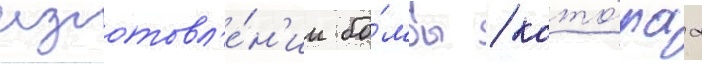
изготовл'е́н'ии бо́мбы / кото́раа